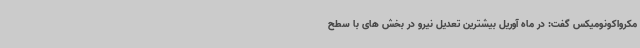
مکرواکونومیکس گفت: در ماه آوریل بیشترین تعدیل نیرو در بخش های با سطح